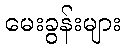
မေးခွန်းများ